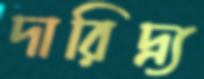
দারিদ্র্য